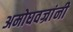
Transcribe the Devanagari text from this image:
अमोघवज्रांनी